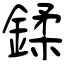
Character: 鍒